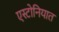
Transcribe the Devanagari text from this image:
एस्टोनियात